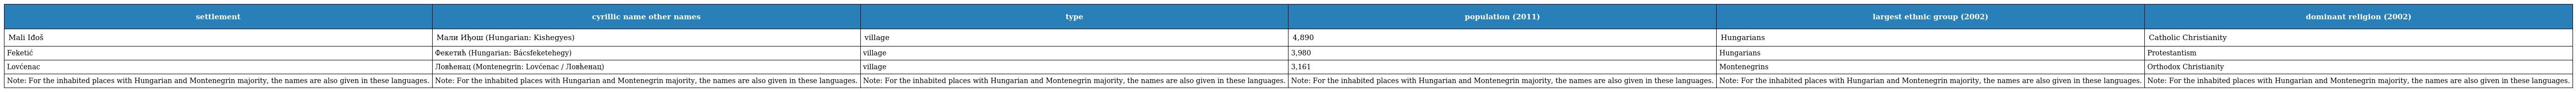
| settlement | cyrillic name other names | type | population (2011) | largest ethnic group (2002) | dominant religion (2002) |
 | --- | --- | --- | --- | --- | --- |
 | Mali Iđoš | Мали Иђош (Hungarian: Kishegyes) | village | 4,890 | Hungarians | Catholic Christianity |
 | Feketić | Фекетић (Hungarian: Bácsfeketehegy) | village | 3,980 | Hungarians | Protestantism |
 | Lovćenac | Ловћенац (Montenegrin: Lovćenac / Ловћенац) | village | 3,161 | Montenegrins | Orthodox Christianity |
 | Note: For the inhabited places with Hungarian and Montenegrin majority, the names are also given in these languages. | Note: For the inhabited places with Hungarian and Montenegrin majority, the names are also given in these languages. | Note: For the inhabited places with Hungarian and Montenegrin majority, the names are also given in these languages. | Note: For the inhabited places with Hungarian and Montenegrin majority, the names are also given in these languages. | Note: For the inhabited places with Hungarian and Montenegrin majority, the names are also given in these languages. | Note: For the inhabited places with Hungarian and Montenegrin majority, the names are also given in these languages. |